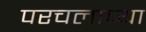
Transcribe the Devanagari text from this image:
परचलाच्या